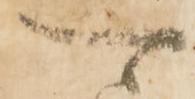
可